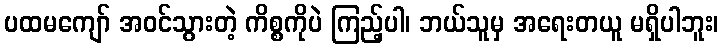
ပထမကျော် အဝင်သွားတဲ့ ကိစ္စကိုပဲ ကြည့်ပါ၊ ဘယ်သူမှ အရေးတယူ မရှိပါဘူး၊